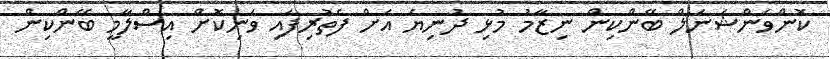
ކޮންވެންޝަނަލް ބޭންކިން ނިޒާމު މުޅި ދުނިޔެ އަށް ފެތުރިފައި ވަނިކޮށް އިސްލާމީ ބޭންކިން